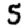
Digit: 5